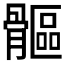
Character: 𩪍